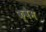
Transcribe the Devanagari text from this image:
क्वैम